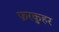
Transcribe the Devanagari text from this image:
फ़रकुहर